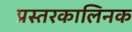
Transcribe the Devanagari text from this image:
प्रस्तरकालिनक